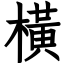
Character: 橫